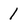
Character: l